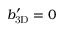
\ensuremath { b _ { \mathrm { 3 D } } ^ { \prime } } = 0